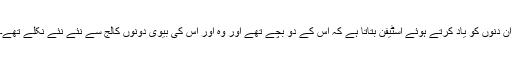
ان دنوں کو یاد کرتے ہوئے اسٹیفن بتاتا ہے کہ اس کے دو بچے تھے اور وہ اور اس کی بیوی دونوں کالج سے نئے نئے نکلے تھے۔